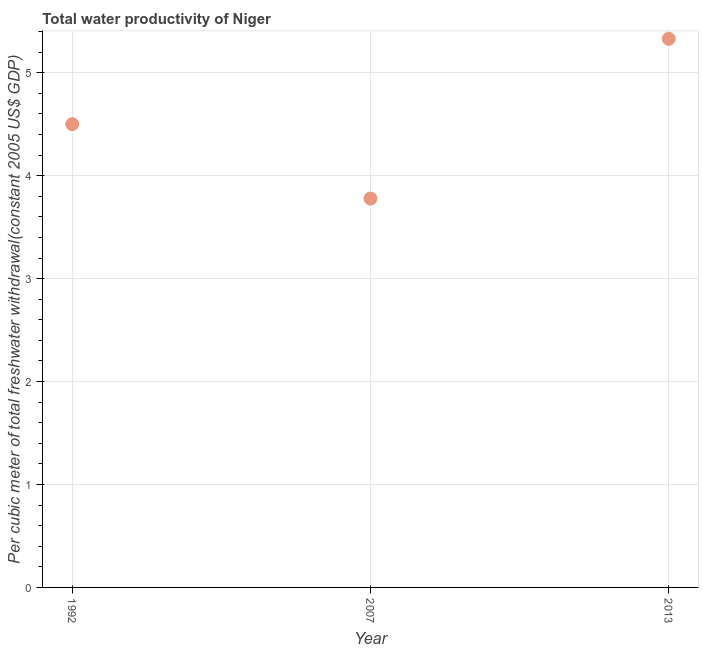
| Year | Water productivity |
 | --- | --- |
 | 1992 | 4.5 |
 | 2007 | 3.78 |
 | 2013 | 5.33 |